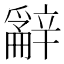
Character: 𨐲